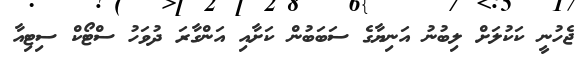
ޖެހުނީ ކަކުލަށް ލިބުނު އަނިޔާގެ ސަބަބުން ކަށާއި އަންގާރަ ދުވަހު ސްޓޯކް ސިޓިއާ